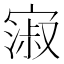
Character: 𫳺